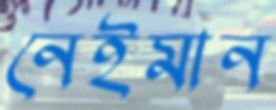
নেইমান